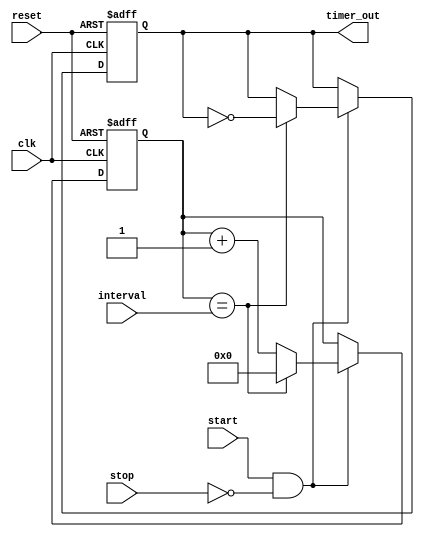
module interval_timer (
    input wire clk,
    input wire reset,
    input wire start,
    input wire stop,
    input wire [31:0] interval,
    output reg timer_out
);

reg [31:0] counter;

always @(posedge clk or posedge reset) begin
    if (reset) begin
        counter <= 0;
        timer_out <= 0;
    end else begin
        if (start && !stop) begin
            if (counter == interval) begin
                counter <= 0;
                timer_out <= ~timer_out;
            end else begin
                counter <= counter + 1;
            end
        end
    end
end

endmodule